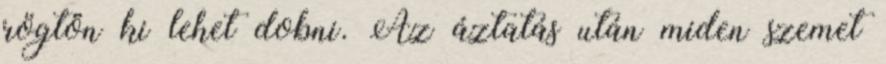
rögtön ki lehet dobni. Az áztatás után miden szemet